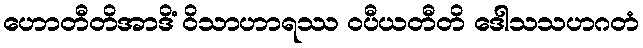
ဟောတီတိအာဒိံ ဝိသာဟာရဿ ဝပီယတီတိ ဒေါသသဟဂတံ